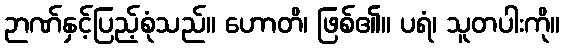
ဉာဏ်နှင့်ပြည့်စုံသည်။ ဟောတိ၊ ဖြစ်၏။ ပရံ၊ သူတပါးကို။